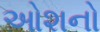
ઓશનો